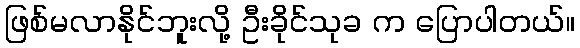
ဖြစ်မလာနိုင်ဘူးလို့ ဦးခိုင်သုခ က ပြောပါတယ်။